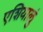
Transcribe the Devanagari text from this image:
एशियालुं